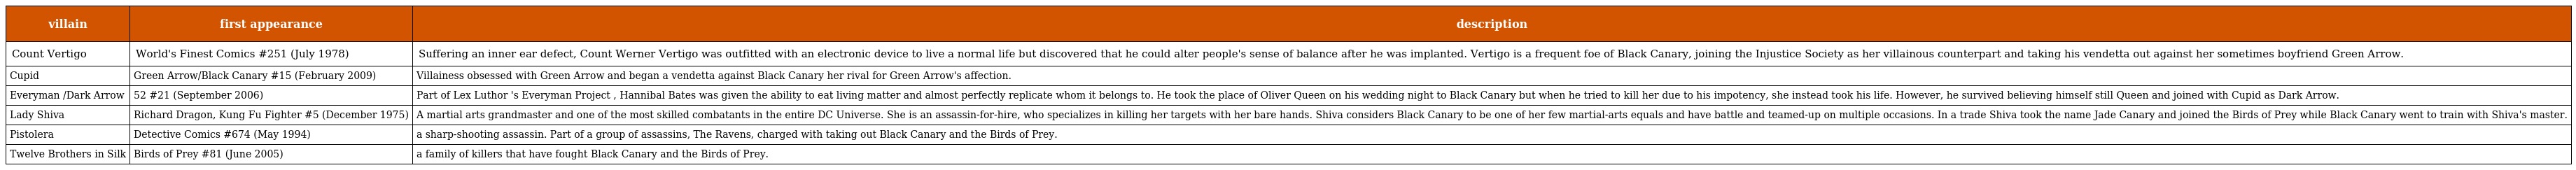
| villain | first appearance | description |
 | --- | --- | --- |
 | Count Vertigo | World's Finest Comics #251 (July 1978) | Suffering an inner ear defect, Count Werner Vertigo was outfitted with an electronic device to live a normal life but discovered that he could alter people's sense of balance after he was implanted. Vertigo is a frequent foe of Black Canary, joining the Injustice Society as her villainous counterpart and taking his vendetta out against her sometimes boyfriend Green Arrow. |
 | Cupid | Green Arrow/Black Canary #15 (February 2009) | Villainess obsessed with Green Arrow and began a vendetta against Black Canary her rival for Green Arrow's affection. |
 | Everyman /Dark Arrow | 52 #21 (September 2006) | Part of Lex Luthor 's Everyman Project , Hannibal Bates was given the ability to eat living matter and almost perfectly replicate whom it belongs to. He took the place of Oliver Queen on his wedding night to Black Canary but when he tried to kill her due to his impotency, she instead took his life. However, he survived believing himself still Queen and joined with Cupid as Dark Arrow. |
 | Lady Shiva | Richard Dragon, Kung Fu Fighter #5 (December 1975) | A martial arts grandmaster and one of the most skilled combatants in the entire DC Universe. She is an assassin-for-hire, who specializes in killing her targets with her bare hands. Shiva considers Black Canary to be one of her few martial-arts equals and have battle and teamed-up on multiple occasions. In a trade Shiva took the name Jade Canary and joined the Birds of Prey while Black Canary went to train with Shiva's master. |
 | Pistolera | Detective Comics #674 (May 1994) | a sharp-shooting assassin. Part of a group of assassins, The Ravens, charged with taking out Black Canary and the Birds of Prey. |
 | Twelve Brothers in Silk | Birds of Prey #81 (June 2005) | a family of killers that have fought Black Canary and the Birds of Prey. |